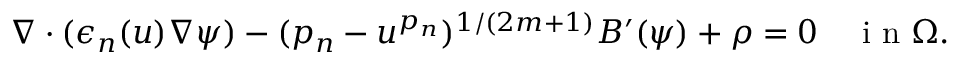
\nabla \cdot ( \epsilon _ { n } ( u ) \nabla \psi ) - ( { p _ { n } } - u ^ { p _ { n } } ) ^ { 1 / ( 2 m + 1 ) } B ^ { \prime } ( \psi ) + \rho = 0 \quad \mathrm { ~ i ~ n ~ } \Omega .